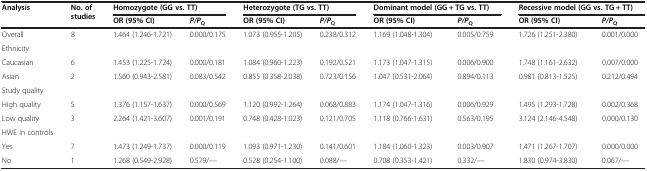
<table><thead><tr><td rowspan="2"><b>Analysis</b></td><td rowspan="2"><b>No. of studies</b></td><td colspan="2"><b>Homozygote (GG vs. TT)</b></td><td colspan="2"><b>Heterozygote (TG vs. TT)</b></td><td colspan="2"><b>Dominant model (GG + TG vs. TT)</b></td><td colspan="2"><b>Recessive model (GG vs. TG + TT)</b></td></tr><tr><td><b>OR (95% CI)</b></td><td><b><i>P/P</i><sub>Q</sub></b></td><td><b>OR (95% CI)</b></td><td><b><i>P/P</i><sub>Q</sub></b></td><td><b>OR (95% CI)</b></td><td><b><i>P/P</i><sub>Q</sub></b></td><td><b>OR (95% CI)</b></td><td><b><i>P/P</i><sub>Q</sub></b></td></tr></thead><tbody><tr><td>Overall</td><td>8</td><td>1.464 (1.246-1.721)</td><td>0.000/0.175</td><td>1.073 (0.955-1.205)</td><td>0.238/0.312</td><td>1.169 (1.048-1.304)</td><td>0.005/0.759</td><td>1.726 (1.251-2.380)</td><td>0.001/0.000</td></tr><tr><td>Ethnicity</td><td> </td><td> </td><td> </td><td> </td><td> </td><td> </td><td> </td><td> </td><td> </td></tr><tr><td>Caucasian</td><td>6</td><td>1.453 (1.225-1.724)</td><td>0.000/0.181</td><td>1.084 (0.960-1.223)</td><td>0.192/0.521</td><td>1.173 (1.047-1.315)</td><td>0.006/0.900</td><td>1.748 (1.161-2.632)</td><td>0.007/0.000</td></tr><tr><td>Asian</td><td>2</td><td>1.560 (0.943-2.581)</td><td>0.083/0.542</td><td>0.855 (0.358-2.038)</td><td>0.723/0.156</td><td>1.047 (0.531-2.064)</td><td>0.894/0.113</td><td>0.981 (0.813-1.525)</td><td>0.212/0.494</td></tr><tr><td>Study quality</td><td> </td><td> </td><td> </td><td> </td><td> </td><td> </td><td> </td><td> </td><td> </td></tr><tr><td>High quality</td><td>5</td><td>1.376 (1.157-1.637)</td><td>0.000/0.569</td><td>1.120 (0.992-1.264)</td><td>0.068/0.883</td><td>1.174 (1.047-1.316)</td><td>0.006/0.929</td><td>1.495 (1.293-1.728)</td><td>0.002/0.368</td></tr><tr><td>Low quality</td><td>3</td><td>2.264 (1.421-3.607)</td><td>0.001/0.191</td><td>0.748 (0.428-1.023)</td><td>0.121/0.705</td><td>1.118 (0.766-1.631)</td><td>0.563/0.195</td><td>3.124 (2.146-4.548)</td><td>0.000/0.130</td></tr><tr><td>HWE in controls</td><td> </td><td> </td><td> </td><td> </td><td> </td><td> </td><td> </td><td> </td><td> </td></tr><tr><td>Yes</td><td>7</td><td>1.473 (1.249-1.737)</td><td>0.000/0.119</td><td>1.093 (0.971-1.230)</td><td>0.141/0.601</td><td>1.184 (1.060-1.323)</td><td>0.003/0.907</td><td>1.471 (1.267-1.707)</td><td>0.000/0.000</td></tr><tr><td>No</td><td>1</td><td>1.268 (0.549-2.928)</td><td>0.579/—</td><td>0.528 (0.254-1.100)</td><td>0.088/—</td><td>0.708 (0.353-1.421)</td><td>0.332/—</td><td>1.830 (0.974-3.830)</td><td>0.067/—</td></tr></tbody></table>